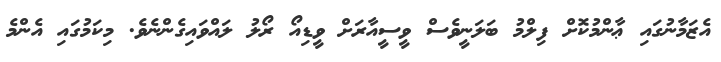
އެޒަމާނުގައި ޢާންމުކޮށް ފިލްމު ބަލަނީވެސް ވީސީއާރަށް ވީޑިއޯ ރޯލު ލައްވައިގެންނެވެ. މިކަމުގައި އެންމެ